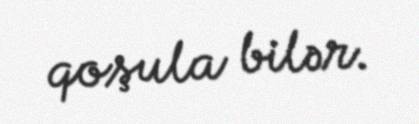
qoşula bilər.